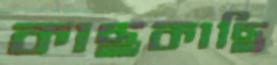
কাছকাছি